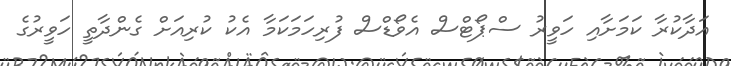
އަދާކުރާ ކަަމަށާއި ހަވީރު ސްޕޯޓްސް އެވޯޑްސް ފުރިހަމަކަމާ އެކު ކުރިއަށް ގެންދާތީ ހަވީރުގެ